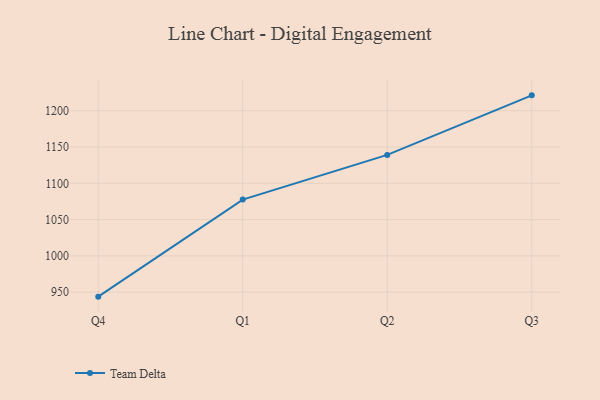
{"axis": {"x": "Quarter", "y": "Inventory Turnover"}, "legend": ["Team Delta"], "data": [{"x": "Q4", "y": 943.8, "type": "Team Delta"}, {"x": "Q1", "y": 1077.6, "type": "Team Delta"}, {"x": "Q2", "y": 1139.1, "type": "Team Delta"}, {"x": "Q3", "y": 1221.2, "type": "Team Delta"}]}